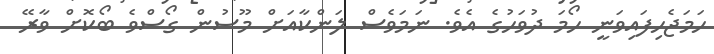
ހަމަޖެހިފައިވަނީ ހޯމަ ދުުވަހުގެ އެވެ. ނަމަވެސް ލަންކާއަށް މޫސުން ގޯސްވެ ބޯކޮށް ވާރޭ